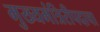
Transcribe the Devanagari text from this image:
मुख्यमंत्रिरीपदाचा